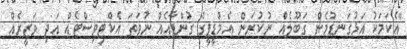
"އެކަމަކު އަޅުގަނޑުމެން ގަބޫލެއް ނުކުރަން އެމްޑީޕީގެ ގުންޑާއެއް ނުވަތަ އެކްޓިވިސްޓެއް އަދި ވަޒީރެއް